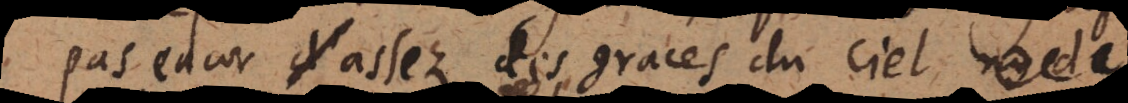
as encor assez des graces du ciel ny